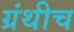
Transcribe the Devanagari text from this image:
ग्रंथीच